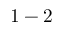
1 - 2